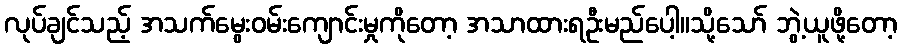
လုပ်ချင်သည့် အသက်မွေးဝမ်းကျောင်းမှုကိုတော့ အသာထားရဦးမည်ပေါ့။သို့သော် ဘွဲ့ယူဖို့တော့